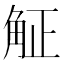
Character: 𧣠